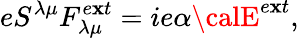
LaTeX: eS^{{\lambda}{\mu}}F_{{\lambda}{\mu}}^{e\mathbf{x}t}=ie{\alpha}{\calE}^{e\mathbf{x}t},